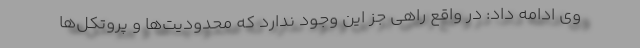
وی ادامه داد: در واقع راهی جز این وجود ندارد که محدودیت‌ها و پروتکل‌ها